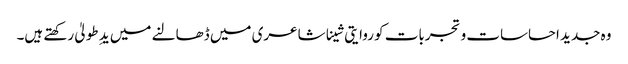
وہ جدید احساسات و تجربات کو روایتی شینا شاعری میں ڈھالنے میں یدِ طولیٰ رکھتے ہیں۔